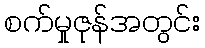
စက်မှုဇုန်အတွင်း